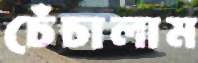
চেঁচালাম